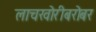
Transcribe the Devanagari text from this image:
लाचखोरीबरोबर